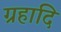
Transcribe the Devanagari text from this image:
ग्रहादि